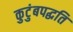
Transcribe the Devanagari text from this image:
कुटुंबपद्धति